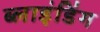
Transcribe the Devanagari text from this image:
ब्‍लाइंडिंग